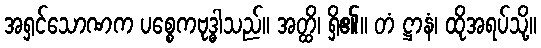
အရှင်သောဏက ပစ္စေကဗုဒ္ဓါသည်။ အတ္ထိ၊ ရှိ၏။ တံ ဋ္ဌာနံ၊ ထိုအရပ်သို့။